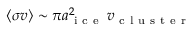
\langle \sigma v \rangle \sim \pi a _ { \mathrm { ~ i ~ c ~ e ~ } } ^ { 2 } \, v _ { \mathrm { ~ c ~ l ~ u ~ s ~ t ~ e ~ r ~ } }